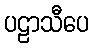
ပဠာသီပေ